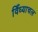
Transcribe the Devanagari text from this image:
विँध्याचल